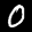
Label: 0